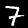
Digit: 7